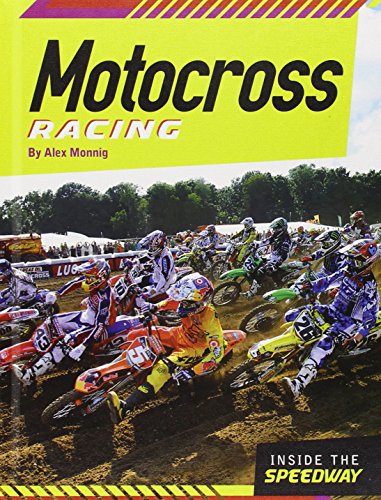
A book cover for Motocross Racing (Inside the Speedway); Alex Monnig; Sports & Outdoors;